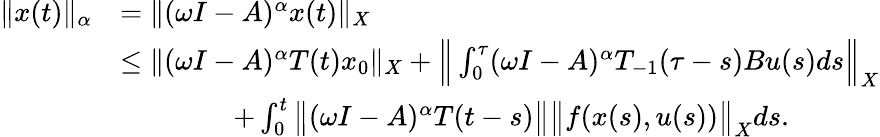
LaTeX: \begin{array}{rl}{\| x(t)\| _{\alpha}}&{=\| (\omega I-A)^{\alpha}x(t)\| _{X}}\\ &{\leq\| (\omega I-A)^{\alpha}T(t)x_{0}\| _{X}+\Big\| \int_{0}^{\tau}(\omega I-A)^{\alpha}T_{-1}(\tau-s)Bu(s)ds\Big\| _{X}}\\ &{\qquad\qquad+\int_{0}^{t}\big\| (\omega I-A)^{\alpha}T(t-s)\big\| \big\| f(x(s),u(s))\big\| _{X}ds.}\end{array}